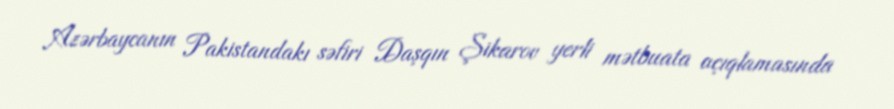
Azərbaycanın Pakistandakı səfiri Daşqın Şikarov yerli mətbuata açıqlamasında